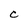
Character: C